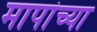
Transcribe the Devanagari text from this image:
मापांच्या